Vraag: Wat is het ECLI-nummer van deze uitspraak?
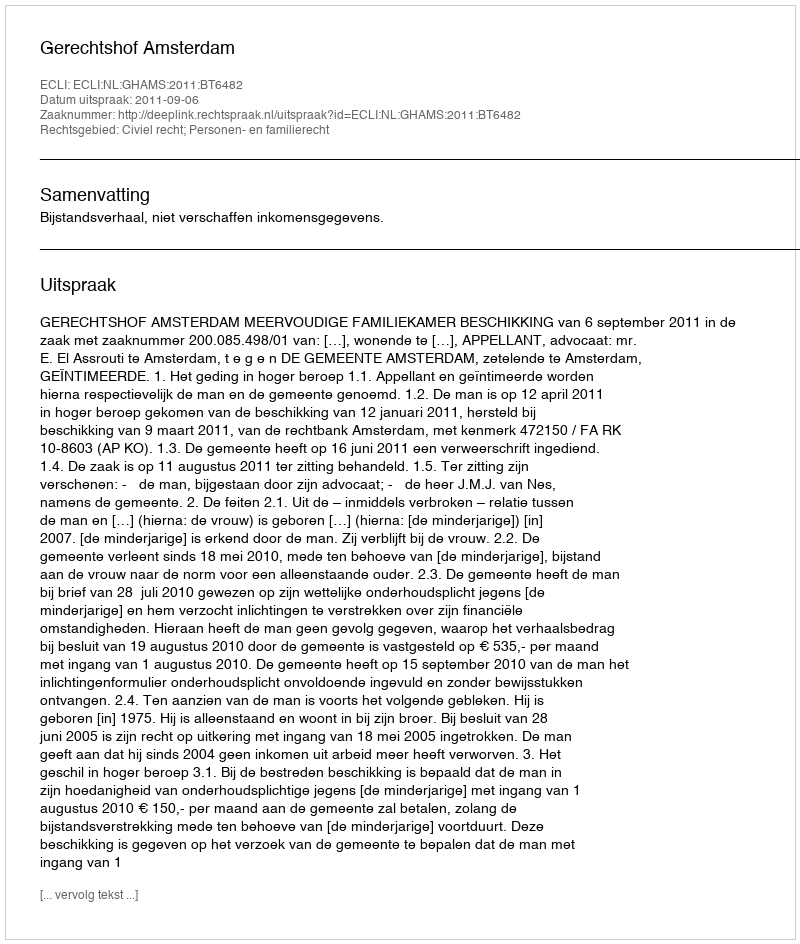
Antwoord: ECLI:NL:GHAMS:2011:BT6482